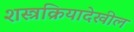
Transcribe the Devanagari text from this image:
शस्त्रक्रियादेखील